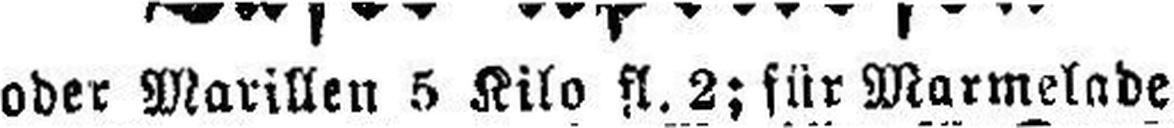
oder Marillen 5 Kilo fl. 2; für Marmelade